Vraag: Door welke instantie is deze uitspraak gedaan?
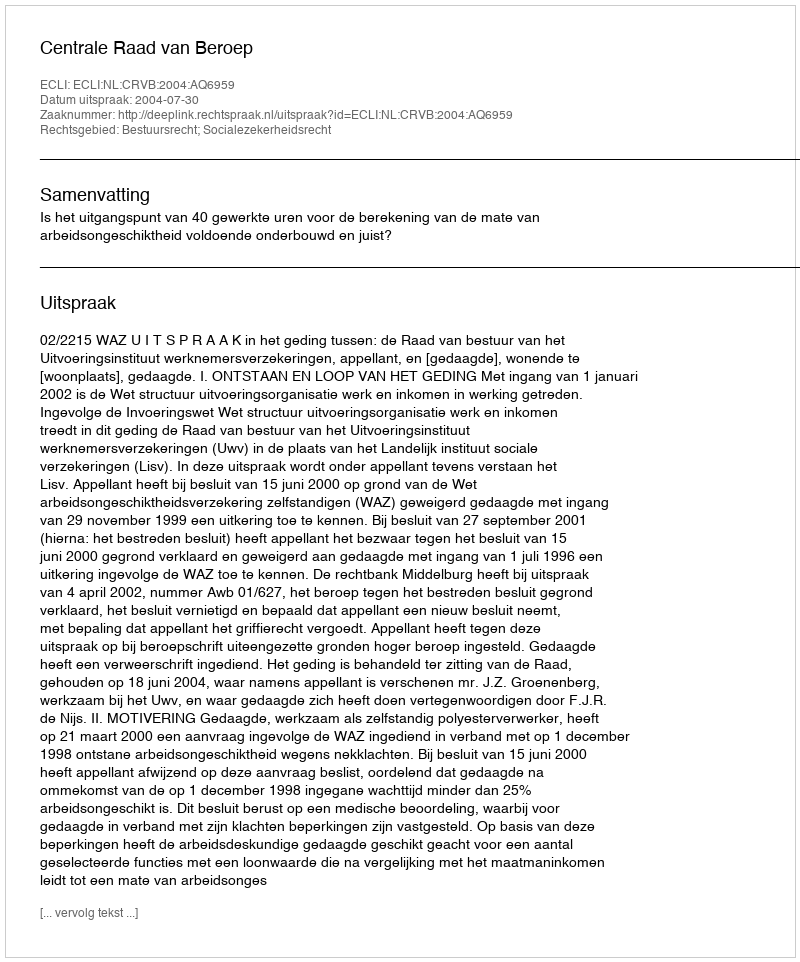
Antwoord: Centrale Raad van Beroep